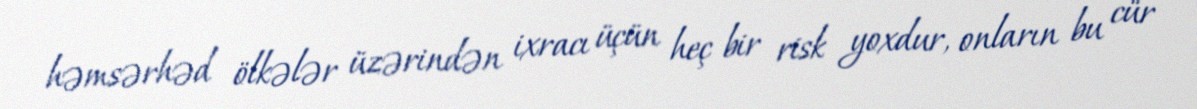
həmsərhəd ölkələr üzərindən ixracı üçün heç bir risk yoxdur, onların bu cür